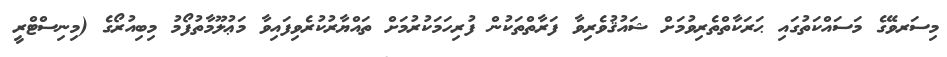
މިސަރވޭގެ މަސައްކަތުގައި ޙަރަކާތްތެރިވުމަށް ޝައުޤުވެރިވާ ފަރާތްތަކުން ފުރިހަމަކުރުމަށް ތައްޔާރުކުރެވިފައިވާ މަޢުލޫމާތުފޯމު މިބިއުރޯގެ (މިނިސްޓްރީ